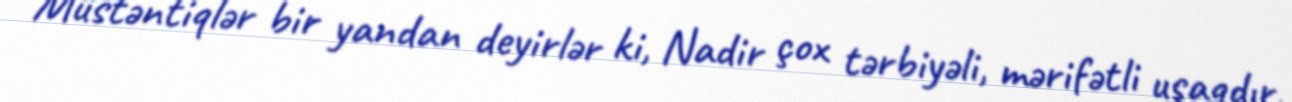
Müstəntiqlər bir yandan deyirlər ki, Nadir çox tərbiyəli, mərifətli uşaqdır,